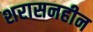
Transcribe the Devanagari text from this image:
शरासनहीन